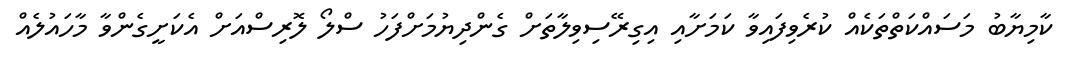
ކާމިޔާބު މަސައްކަތްތަކެއް ކުރެވިފައިވާ ކަމަށާއި އިގިރޭސިވިލާތަށް ގެންދިޔުމަށްފަހު ސްލޯ ލޮރިސްއަށް އެކަށީގެންވާ މާހައުލެއް